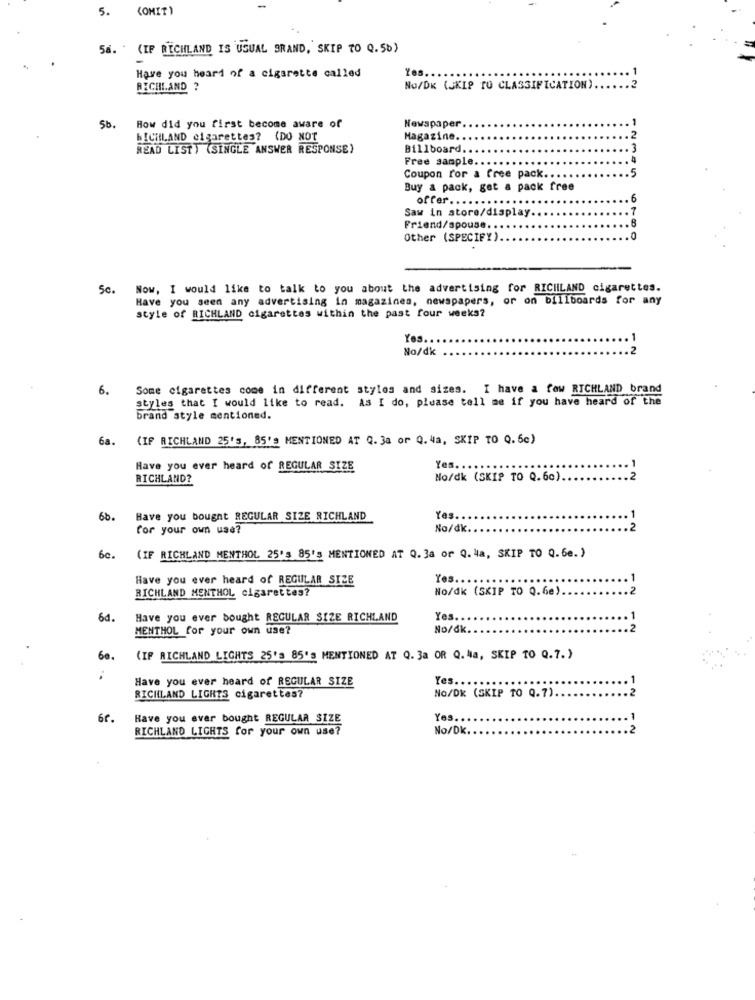
(OMIT)
5.
5a. (IF RECHLAND IS USUAL BRAND, SKIP TO Q.50)
Yes
Have you heard of a cigarette called
RICHLAND ?
NO/DK (SKIP TO CLASSIFICATION).
Sb.
How did you first become aware of
Newspaper
RICHLAND cigarettes? (DO NOT
Magazine.
.2
READ LISTY (SINGLE ANSWER RESPONSE)
Billboard.
, 3
Free sample.
.
.5
Coupon for a free pack.
Buy & pack, get a pack free
offer ....
6
Saw in store/display
.8
Friend/spouse ...
Other (SPECIFY)
.0
5c.
Now, I would like to talk to you about the advertising for RICHILAND cigarettes.
Have you seen any advertising in magazines, newspapers, or on billboards for any
style of RICHLAND cigarettes within the past four weeks?
Yes ..
No/dk
6.
Some cigarettes come in different styles and sizes. I have a few RICHLAND brand
styles that I would like to read. As I do, please tell me if you have heard of the
brand style mentioned.
6a.
(IP RICHLAND 25'5, 85'" MENTIONED AT Q. 3a or Q. 4a, SKIP TO Q.6c)
Have you ever heard of REGULAR SIZE
Yes. . . . ..
RICHLAND?
No/dk (SKIP TO Q.60)
6b.
Have you bought REGULAR SIZE RICHLAND
Yes ..
for your own use?
No/dk.
6c.
(IF RICHLAND MENTHOL 25'S 85'S MENTIONED AT Q. 3a or Q. 4a, SKIP TO Q. 6e. )
Have you ever heard of REGULAR SIZE
Yes ..
No/dk (SKIP TO Q.6e)
RICHLAND MENTHOL cigarettes?
6d.
Have you ever bought REGULAR SIZE RICHLAND
Yes.
MENTHOL for your own use?
No/dk
(IF RICHLAND LIGHTS 25'S 85's MENTIONED AT Q. 3a OR Q. 4a, SKIP TO Q.7.)
Have you ever heard of REGULAR SIZE
Yes.
RICHLAND LIGHTS cigarettes?
No/DK (SKIP TO Q.7)
6r.
Have you ever bought REGULAR SIZE
Yes.
RICHLAND LIGHTS for your own use?
No/Dk